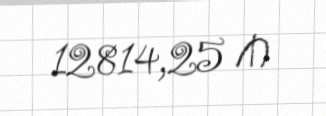
12814,25 ₼